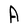
Character: A